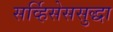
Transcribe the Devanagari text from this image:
सर्व्हिसेससुद्धा